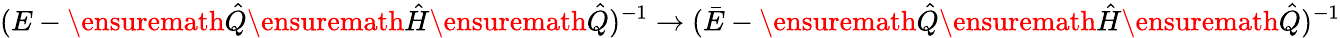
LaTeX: (E-\ensuremath{\hat{Q}}\ensuremath{\hat{H}}\ensuremath{\hat{Q}})^{-1}\to(\bar{E}-\ensuremath{\hat{Q}}\ensuremath{\hat{H}}\ensuremath{\hat{Q}})^{-1}